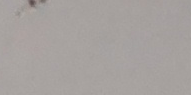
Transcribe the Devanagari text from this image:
य